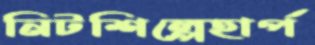
নিটশিল্পেহার্প